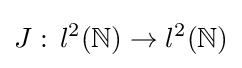
J:\,l^{2}(\mathbb {N} )\to l^{2}(\mathbb {N} )